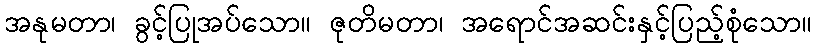
အနုမတာ၊ ခွင့်ပြုအပ်သော။ ဇုတိမတာ၊ အရောင်အဆင်းနှင့်ပြည့်စုံသော။